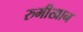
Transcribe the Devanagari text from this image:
रुमीखान